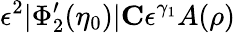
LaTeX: \epsilon^{2}|\Phi_{2}^{\prime}(\eta_{0})|\le C\epsilon^{\gamma_{1}}A(\rho)